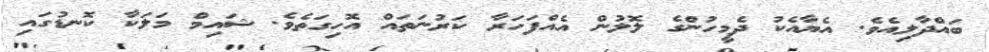
ބައްދާލިއެވެ. އެޔާއެކު ދެމީހުންގެ ލޮލުން އެއްފަހަރާ ކަރުނަތައް އޮހިގަތެވެ. ޝައިމް މަލަކާ ކޮނޑުގައި